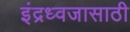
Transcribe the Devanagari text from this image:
इंद्रध्वजासाठी